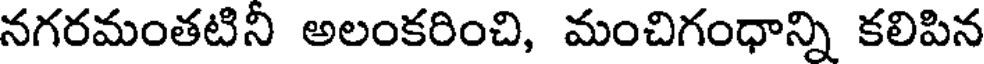
నగరమంతటిని అలంకరించి, మంచిగంధాన్ని కలిపిన